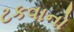
ટકવાનો